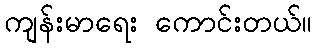
ကျန်းမာရေး ကောင်းတယ်။